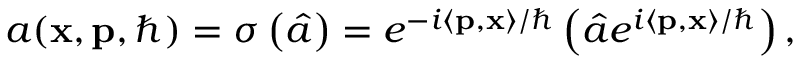
\begin{array} { r } { a ( \mathbf { x } , \mathbf { p } , \hbar ) = \sigma \left( \hat { a } \right) = e ^ { - i \left\langle \mathbf { p } , \mathbf { x } \right\rangle / \hbar } \left( \hat { a } e ^ { i \left\langle \mathbf { p } , \mathbf { x } \right\rangle / \hbar } \right) , } \end{array}